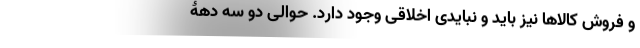
و فروش کالاها نیز باید و نبایدی اخلاقی وجود دارد. حوالی دو سه دهۀ